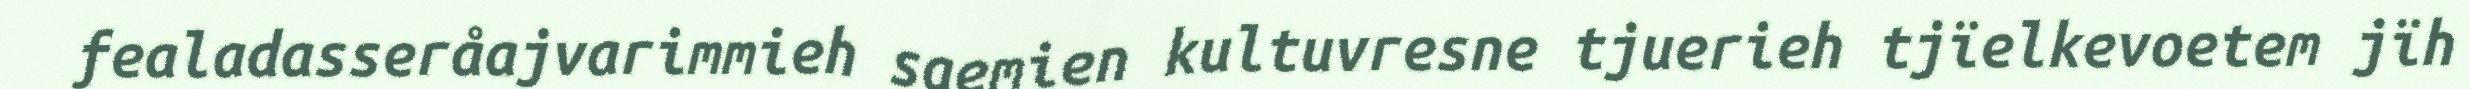
fealadasseråajvarimmieh saemien kultuvresne tjuerieh tjïelkevoetem jïh